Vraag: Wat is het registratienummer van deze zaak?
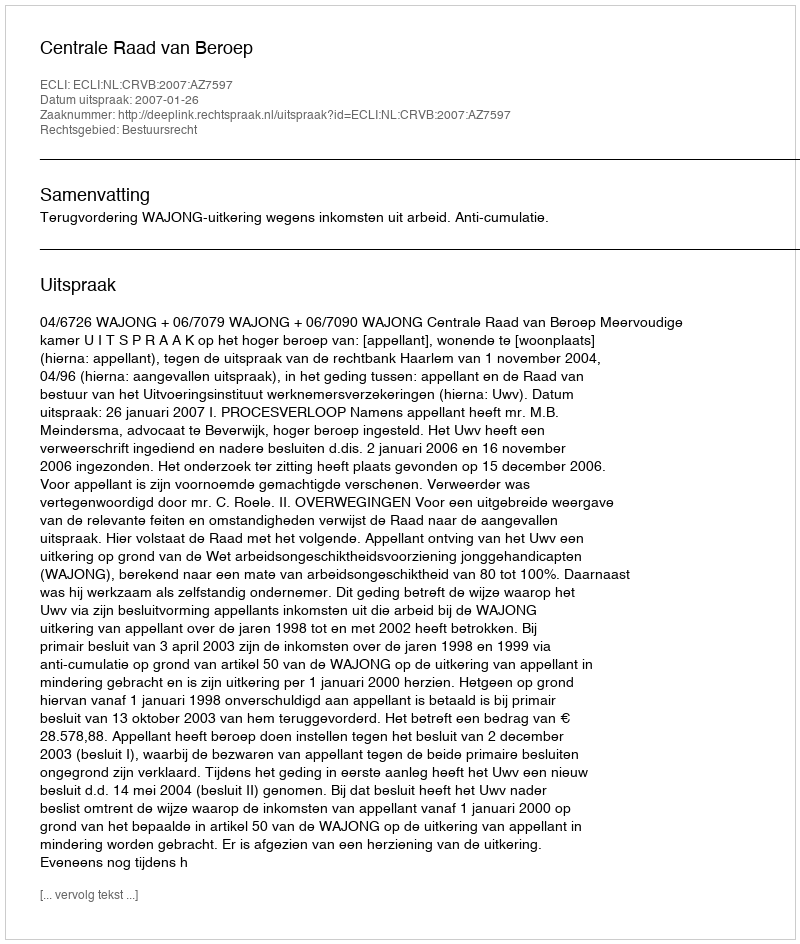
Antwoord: http://deeplink.rechtspraak.nl/uitspraak?id=ECLI:NL:CRVB:2007:AZ7597